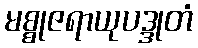
မစ္စုဇရာယုပဒ္ဒုတံ